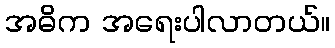
အဓိက အရေးပါလာတယ်။